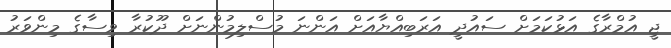
ޖީ އުމްރާގެ އަޅުކަމަށް ސައުދީ އަރަބިއްޔާއަށް އަންނަ މުސްލިމުންނަށް ދޫކުރާ ވިސާގެ މިންވަރު